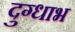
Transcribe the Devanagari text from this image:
दुग्धाभ